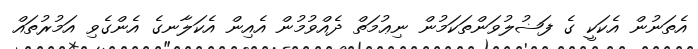
އެތަނުން އެކަކީ ގެ ފަޟުލުވަންތަކަމުން ނިޢުމަތް ދެއްވުމުން އެއިން އެކަލާނގެ އެންގެވި އަމުރުތައް